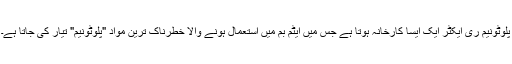
پلوٹونیم ری ایکٹر ایک ایسا کارخانہ ہوتا ہے جس میں ایٹم بم میں استعمال ہونے والا خطرناک ترین مواد "پلوٹونیم" تیار کی جاتا ہے۔